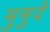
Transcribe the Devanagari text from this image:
मुमुदे